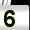
Digit: 5